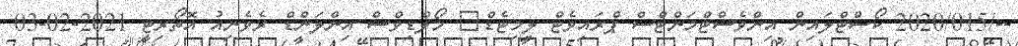
--/2020/015 ކޯސްޓްލައިން އިންވެސްޓްމަންޓްސް ޕްރައިވެޓް ލިމިޓެޑް	 މޯލްޑިވްސް އިންލަންޑް ރެވެނިއު އޮތޯރިޓީ 2021-02-03